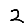
Digit: 2